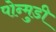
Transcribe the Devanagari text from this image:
पोन्मुडी